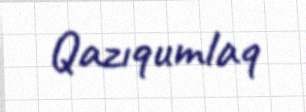
Qazıqumlaq